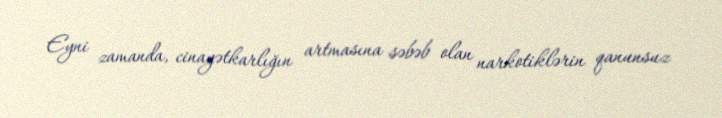
Eyni zamanda, cinayətkarlığın artmasına səbəb olan narkotiklərin qanunsuz